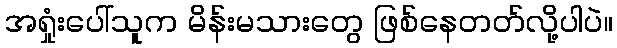
အရှုံးပေါ်သူက မိန်းမသားတွေ ဖြစ်နေတတ်လို့ပါပဲ။